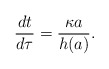
\begin{align*}{{dt}\over{d\tau}}={{\kappa a}\over{h(a)}}.\end{align*}